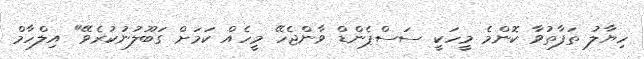
ހިޔާލު ތަފާތުވާ ކޮންމެ މީހަކީ ސަސްޕެންޑް ވާންޖެހޭ މީހެއް ކަމަށް ގަބޫލުނުކުރެވޭ" އިލްހާމް